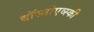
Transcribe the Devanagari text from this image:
दॉस्तोएव्स्की